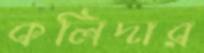
কলিদার